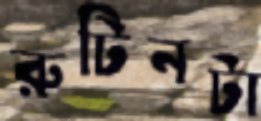
রুটিনটা